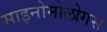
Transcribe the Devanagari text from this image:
साइनोमोलोगस